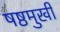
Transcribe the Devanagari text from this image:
षष्ठमुखी